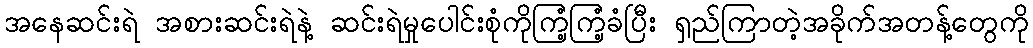
အနေဆင်းရဲ အစားဆင်းရဲနဲ့ ဆင်းရဲမှုပေါင်းစုံကိုကြံ့ကြံ့ခံပြီး ရှည်ကြာတဲ့အခိုက်အတန့်တွေကို